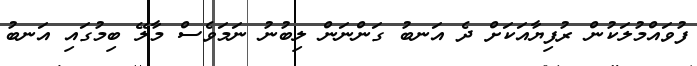
ފުވައްމުލަކުން ރުފިޔާއަކަށް ދެ އަނބު ގަންނަން ލިބުނު ނަމަވެސް މާލޭ ބިމުގައި އަނބު